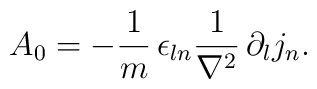
A_0 = -\frac{1}{m}\,\epsilon_{ln}\frac{1}{\nabla^2}\,\partial_lj_n.